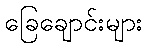
ခြေချောင်းများ